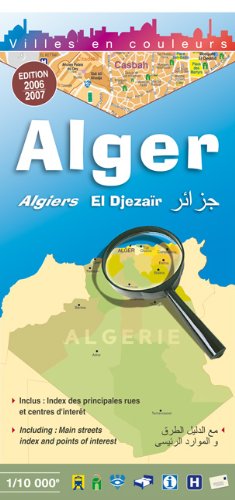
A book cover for Alger; Travel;